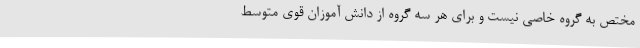
مختص به گروه خاصی نیست و برای هر سه گروه از دانش آموزان قوی متوسط